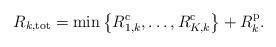
LaTeX: \begin{align*}R_{k,\mathrm{tot}}=\min\left\{R_{1,k}^{\mathrm{c}},\ldots,R_{K,k}^{\mathrm{c}}\right\}+R_{k}^{\mathrm{p}}.\end{align*}